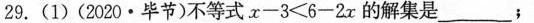
29.(1)(2020·毕节)不等式x-3≤6-2x的解集是___；